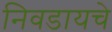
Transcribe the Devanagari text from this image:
निवडायचे